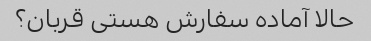
حالا آماده سفارش هستی قربان؟